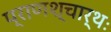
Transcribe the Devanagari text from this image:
प्राणश्चार्थः